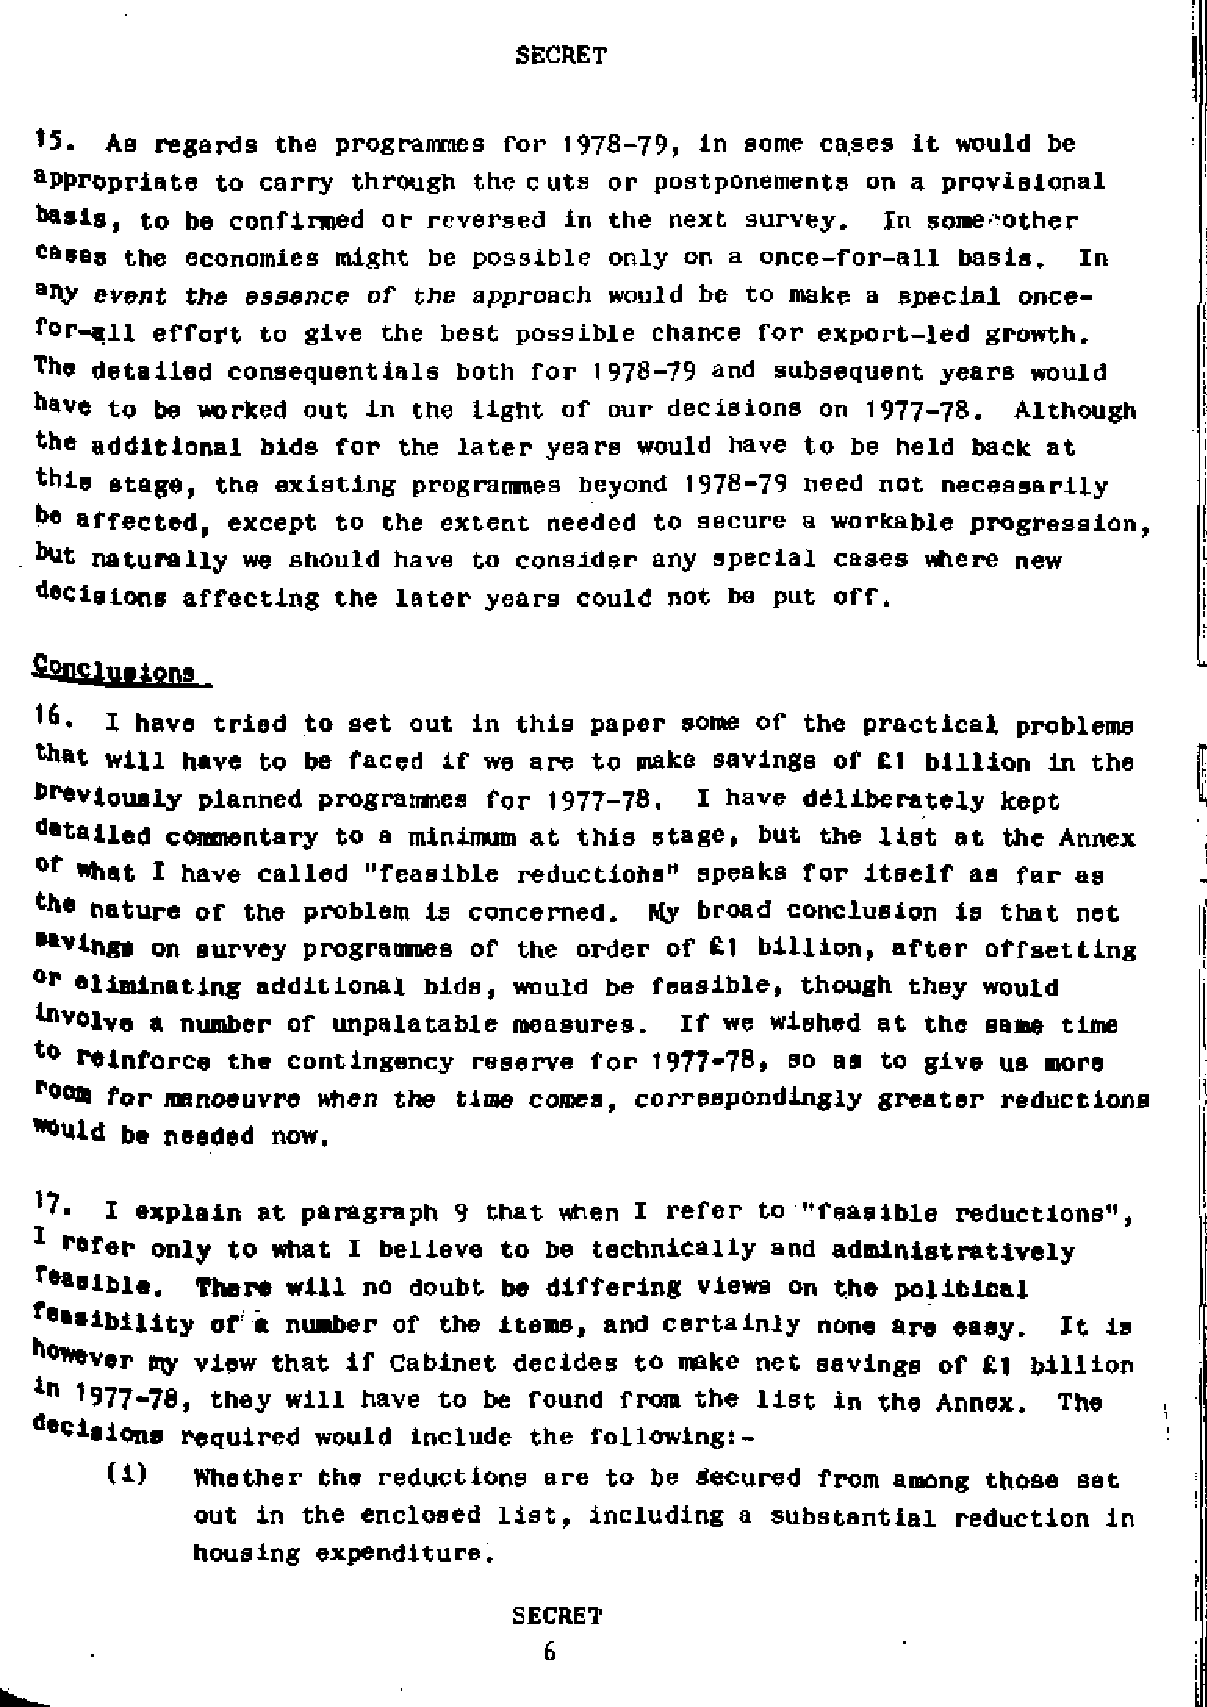
t5.  As regards the programmes for 1978-79, in some cases it would be
 appropriate to carry through the cuts or postponements on a provisional
 basis, to be confirmed or reversed in the next survey.  In some mother
 cases the economies might be possible only on a once-for-all basis.  In
 any event the essence of the approach would be to make a special once­
 for-aii effort to give the best possible chance for export-led growth.
 The detailed consequential  both for 1978-79 and subsequent years would
 have to be worked out in the light of our decisions on 1977-78.  Although
 the additional bids for the later years would have to be held back at
 this stage, the existing programmes beyond 1978-79 need not necessarily
 be affected, except to the extent needed to secure a workable progression,
 but naturally we should have to consider any special cases where new
 decisions affecting the later years could not be put off.
 16.  I have tried to set out in this paper some of the practical problems
 that will have to be faced if we are to make savings of £1 billion in the
 Previously planned programmes for 1977-78.  I have deliberately kept
 detailed commentary to a minimum at this stage, but the list at the Annex
 of what I have called "feasible reductions" speaks for itself as far as
 the nature of the problem is concerned.  My broad conclusion is that net
 "vlng.  on survey programmes of the order of £1 billion, after offsetting
 or eliminating additional bids, would be feasible, though they would
 Evolve  a number of unpalatable measures.  If we wished at the same time
 t* reinforce the contingency reserve for 1977-78, so as to give us more
 room for manoeuvre when the time comes, correspondingly greater reductions
 *0uld be needed now,
 i explain at paragraph 9 that when I refer to "feasible reductions",
 1 refer only to what I believe to be technically and administratively
 fo*eible.  There will no doubt be differing views on the political
 feasibility of ft number of the Items, and certainly none are easy. It is
 however my view that if Cabinet decides to make net savings of £1 billion
 in 1977.78, they will have to be found from the list in the Annex.  The
 ^eciBiQuB required would include the following:­
 (1)   Whether the reductions are to be Secured from among those set
 out in the enclosed list, including a substantial reduction in
 housing expenditure.